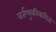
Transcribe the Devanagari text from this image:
वर्तणुकीकरिता